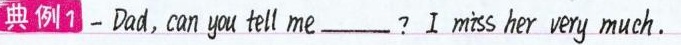
典例1—Dad,can ya tell me?I miss her very much.